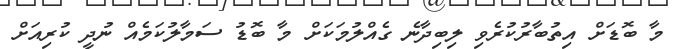
މާ ބޮޑަށް އިތުބާރުކުރެވި ލިބިދާނެ ގެއްލުމަކަށް މާ ބޮޑު ސަމާލުކަމެއް ނުދީ ކުރިއަށް